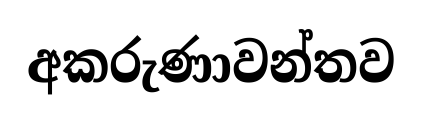
අකරුණාවන්තව